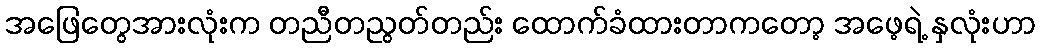
အဖြေတွေအားလုံးက တညီတညွတ်တည်း ထောက်ခံထားတာကတော့ အဖေ့ရဲ့ နှလုံးဟာ